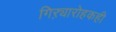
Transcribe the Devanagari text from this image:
गिऱ्यारोहकही